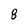
Character: 8